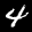
Label: 4